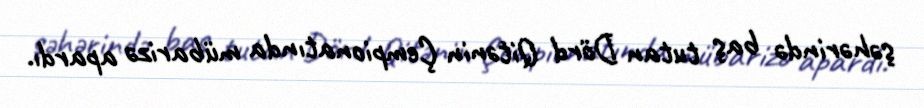
şəhərində baş tutan Dörd Qitənin Çempionatında mübarizə apardı.